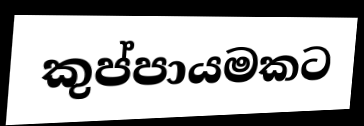
කුප්පායමකට